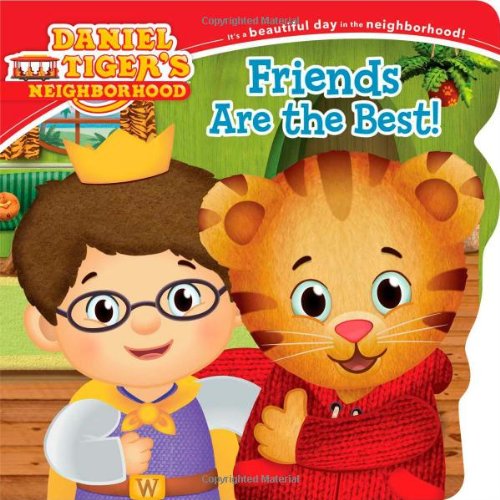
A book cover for Friends Are the Best! (Daniel Tiger's Neighborhood); Maggie Testa; Children's Books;